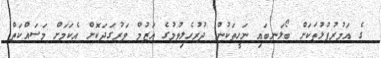
ގެ އަމުރުފުޅުތަކަށް ބޯލަނބައި ނަހީތަކުން ދުރުހެލިވުމުގެ އަޒުމް ވަރުގަދަކޮށް އެކަމަށް މަސައްކަތް